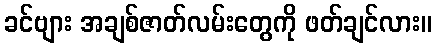
ခင်ဗျား အချစ်ဇာတ်လမ်းတွေကို ဖတ်ချင်လား။